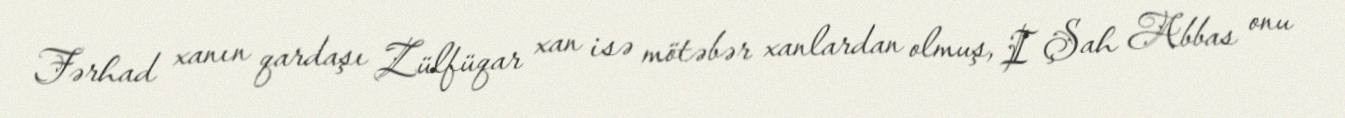
Fərhad xanın qardaşı Zülfüqar xan isə mötəbər xanlardan olmuş, I Şah Abbas onu